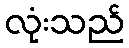
လုံးသည်